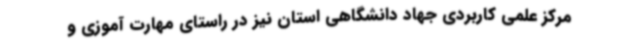
مرکز علمی کاربردی جهاد دانشگاهی استان نیز در راستای مهارت آموزی و